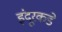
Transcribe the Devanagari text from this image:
इंदूरकडे